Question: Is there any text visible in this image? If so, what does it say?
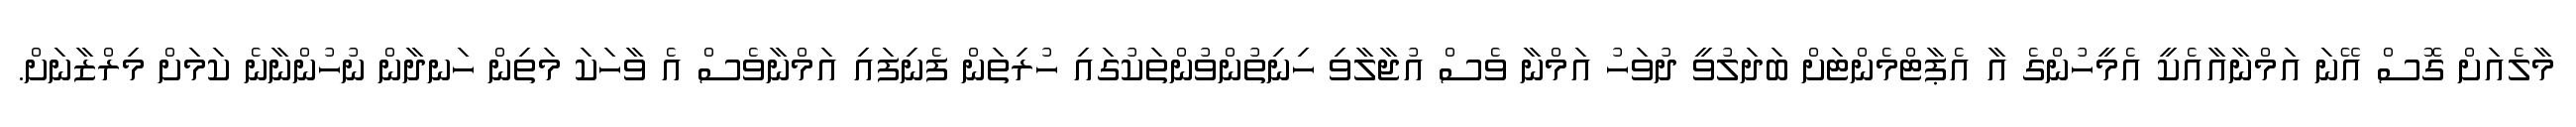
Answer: މާލެއަށް ގޮސް އޭނަ އަމްނާއާއެކީ އެމީހުންގެ އާ އެޕާޓްމެންޓަށް ބަދަލުވީ ދުވަހު އަމްނާ ވެސް އުޖާލާވި ހިނިތުންވުންތަކުގައި ހުރިތަން ފެނިފައި އަމްނާވެސް އެ ވާހަކަ މަތިން ހަނދާން ނުހުންނާނެ ކަމަށް މިރްޒާނަށް.